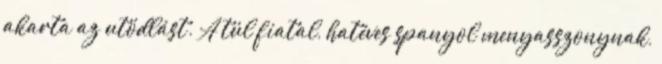
akarta az utódlást. A túl fiatal, hatéves spanyol menyasszonynak,